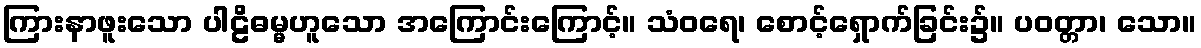
ကြားနာဖူးသော ပါဠိဓမ္မဟူသော အကြောင်းကြောင့်။ သံဝရေ၊ စောင့်ရှောက်ခြင်း၌။ ပဝတ္တာ၊ သော။